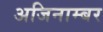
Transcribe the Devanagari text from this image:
अजिनाम्बर